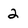
Character: 2